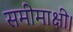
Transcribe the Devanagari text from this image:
समीमाक्षी।